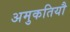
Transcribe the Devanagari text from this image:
अमुकतियौ